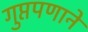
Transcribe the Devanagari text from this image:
गुप्तपणाने